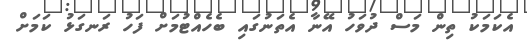
އެކަމަކު ތިން މަސް ދުވަހު އޭނާ އެތަނުގައި ބެހެއްޓުމަށް ފަހު ރަނގަޅު ކަމަށް